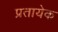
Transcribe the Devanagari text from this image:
प्रतायेक